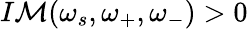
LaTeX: I\mathcal{M}(\omega_{s},\omega_{+},\omega_{-})>0